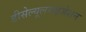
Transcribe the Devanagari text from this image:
डीसेल्यूलराइजेशन